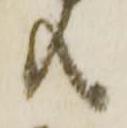
共